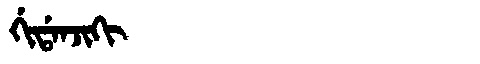
Manchu: ᡤᡳᡩᠠᠨᠵᡳᡴᡳ
Romanization: GIDANJIKI